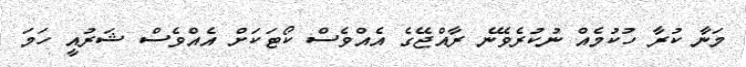
މަނާ ކުރާ ހުކުމެއް ނުކުރެވޭނެ ރާއްޖޭގެ އެއްވެސް ކޯޓަކަށް އެއްވެސް ޝަރުއީ ހަމަ